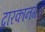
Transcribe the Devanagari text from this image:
द्वारकानगरी